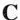
C